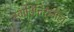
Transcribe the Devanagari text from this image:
स्वातितिरुनाल